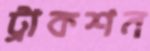
ট্রাকশন